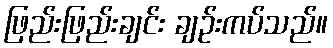
ဖြည်းဖြည်းချင်း ချဉ်းကပ်သည်။